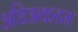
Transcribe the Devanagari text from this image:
अधिअकतम